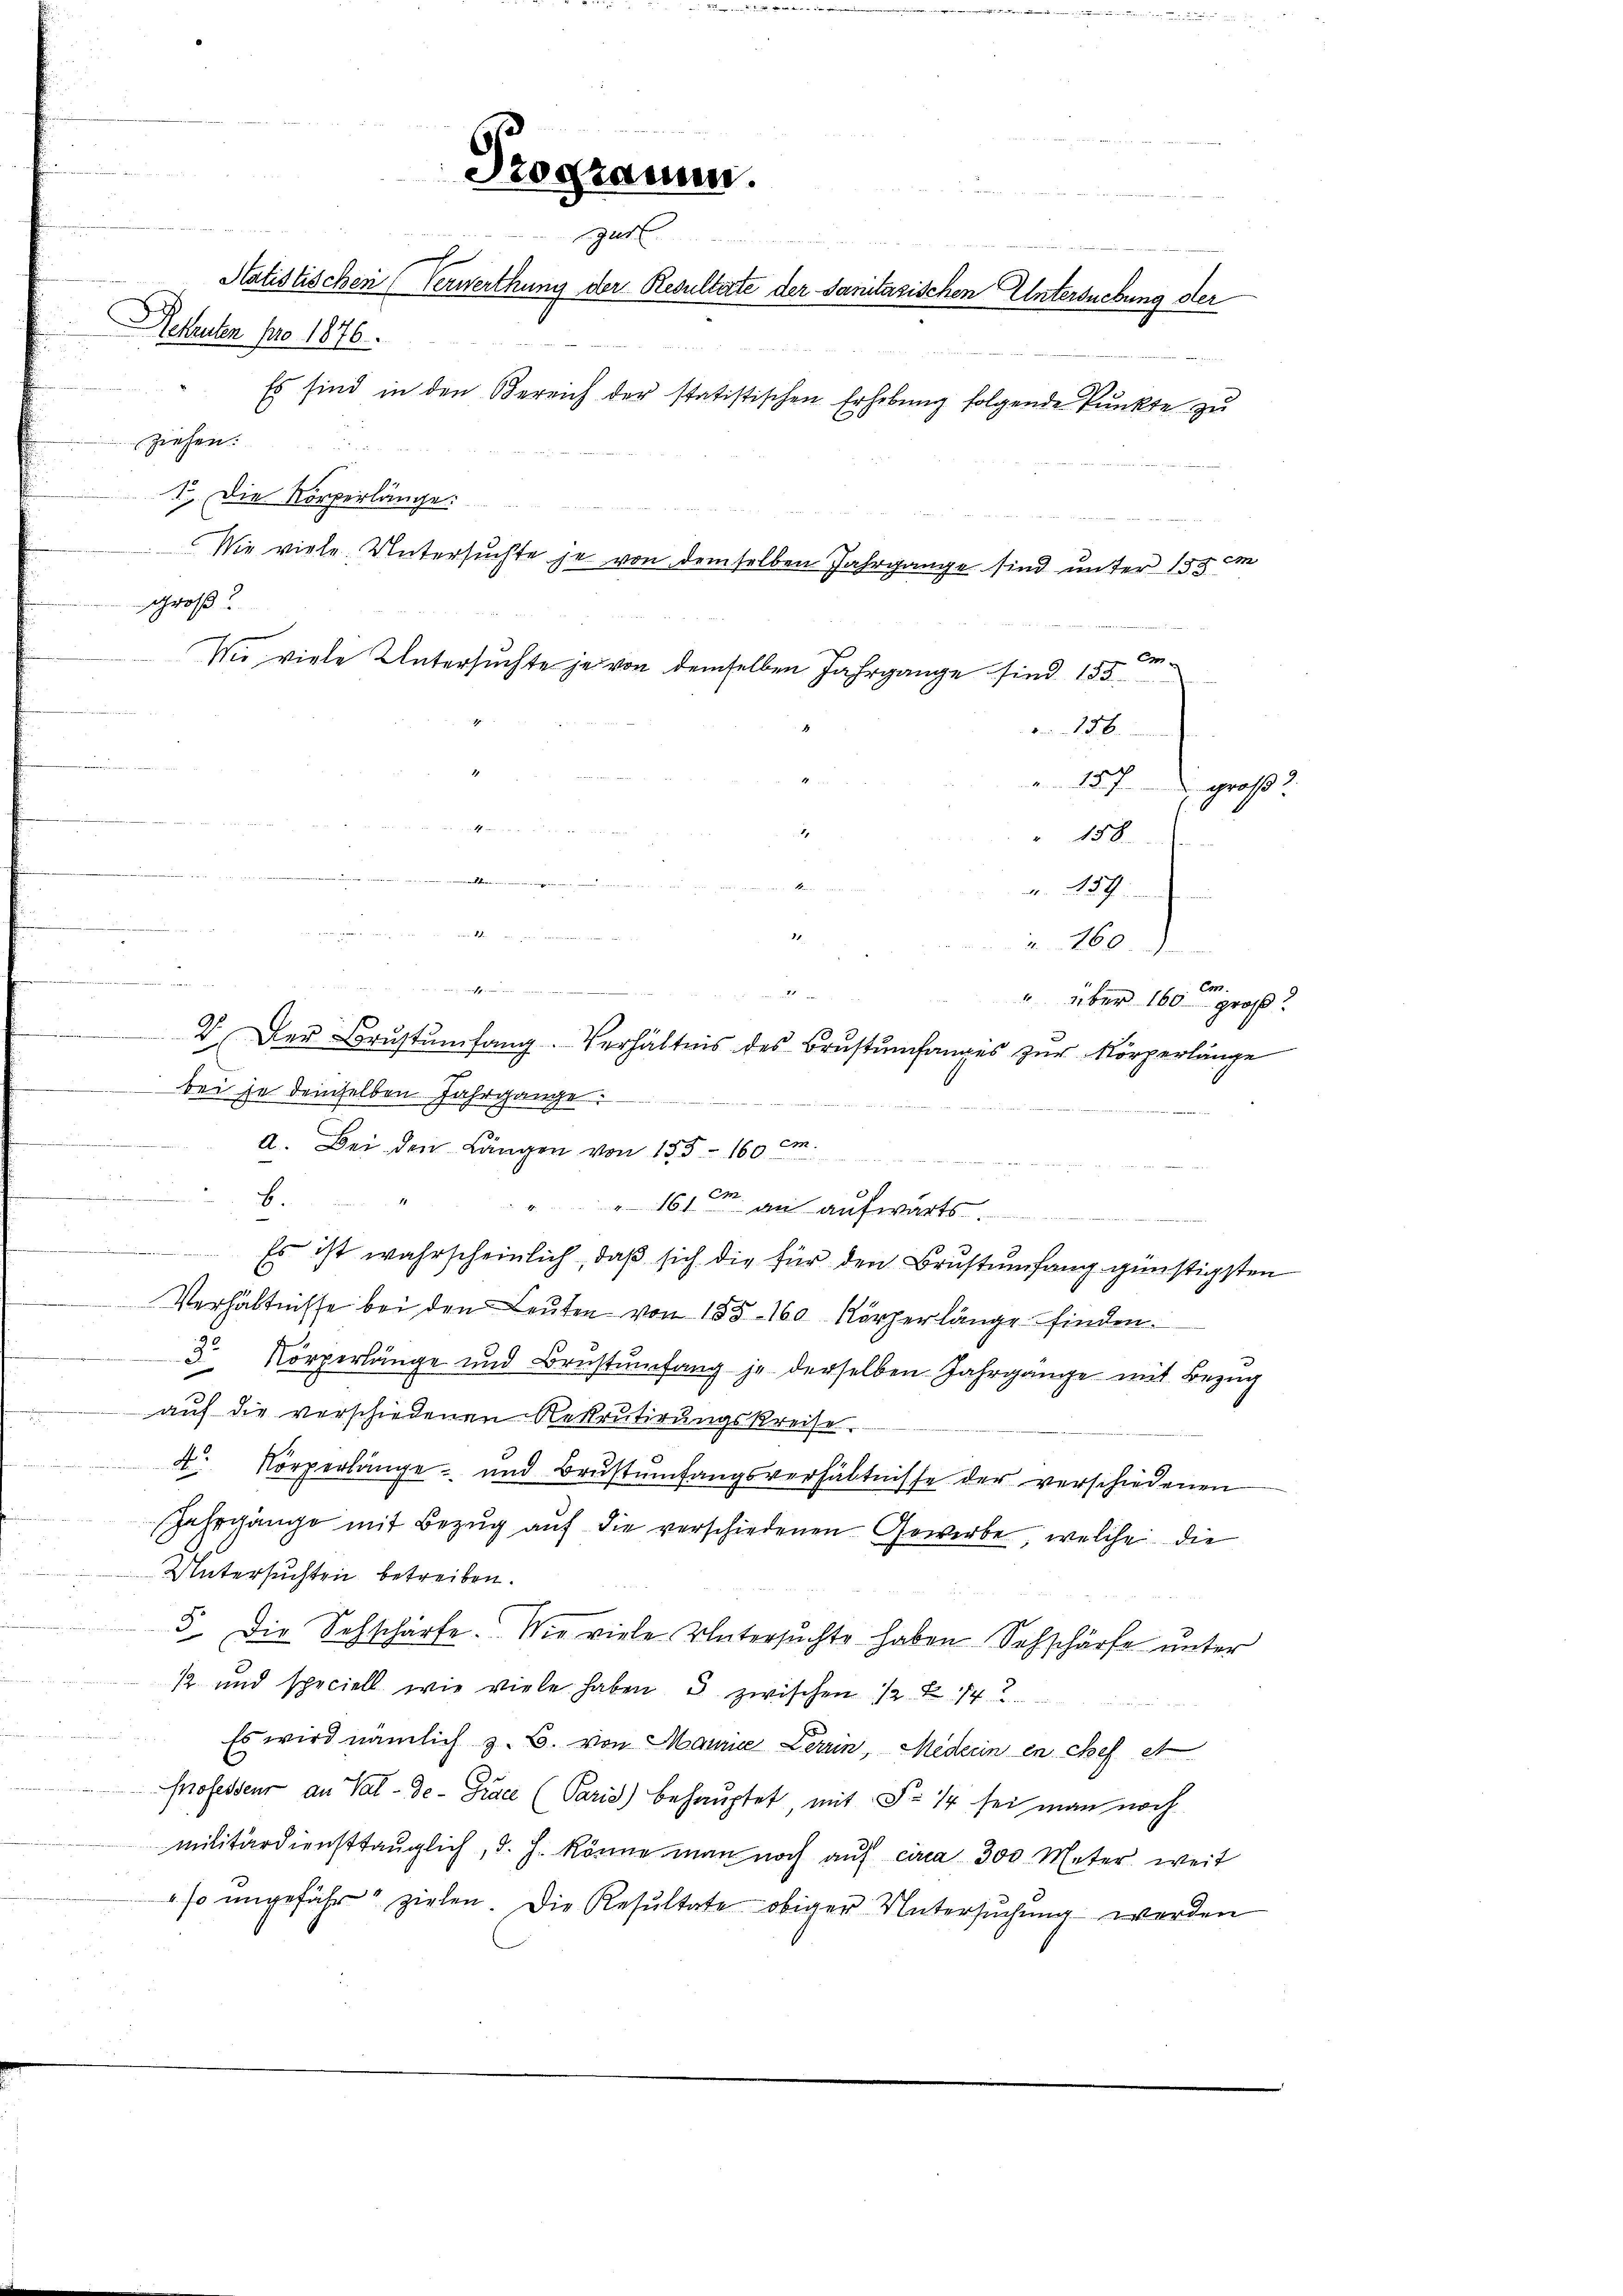
Programm.
gust
d
Statistischen (Verwerthung der Resultate der Sanitarischen Untersuchung der
Aeleuten pro 1876.

Es sind in den Bereich der statistischen Erhebung folgende Punkte zu
ziehen.
1. Die Körperlänge.
groß?
a
Mi viele Untersuchte je von demselben Jahrgange sind 155.
136
sch
1
" 158.
.en in den
r. 459
u

14.
 180.)
n
f
i
" über 160 groß!
V. Der Brustŭmfang. Verhältnis des Brustŭmfanges zŭr Körperlänge
s
bei je demselben Jahrgange.
a. Bei den Längen von 135 - 160 cm.
B.
 1610m an aufwärts
Es ist wahrscheinlich, daß sich die für den Brustumfang günstigsten
Verhältnisse bei den Leuten von 155 - 160 Körperlänge finden.
 Körperlänge und Brustumfang je derselben Jahrgänge mit Bezug
auf die vorschiedenen Rekrutirungskreise.
4 Körperlänge und Brustumfangsverhältnisse der verschiedenen
Jahrgänge mit Bezug auf die verschiedenen Gewerbe, welche die
Untersuchten betreiben.
5. Die Sehschärfe. Die viele Untersuchte haben Schschärfe unter
12 und speciell wie viele haben 3 zwischen 12 Z. 142
Es wird nämlich z. B. von Maurie Lerrin, Mederin en chef et
shofesseur an Val-De- Trace (Paris) behauptet, mit Fr. 14 sei man noch
militärdiensttaŭglich, d. h. könne man noch aŭf circa 300 Meter weit
so ungefähr zielen. Die Resultate obiger Untersŭchŭng werden

Wie viele Untersuchte je von demselben Jahrgange sind unter 155 im

groß